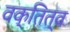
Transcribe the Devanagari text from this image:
वक्तित्व